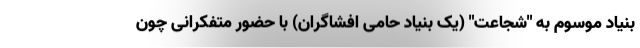
بنیاد موسوم به "شجاعت" (یک بنیاد حامی افشاگران) با حضور متفکرانی چون